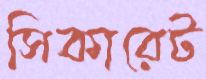
সিকারেট